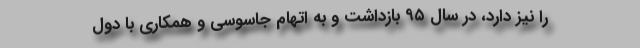
را نیز دارد، در سال ۹۵ بازداشت و به اتهام جاسوسی و همکاری با دول